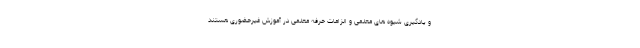
و یادگیری شیوه های معلمی و الزامات حرفه معلمی در آموزش غیرحضوری هستند